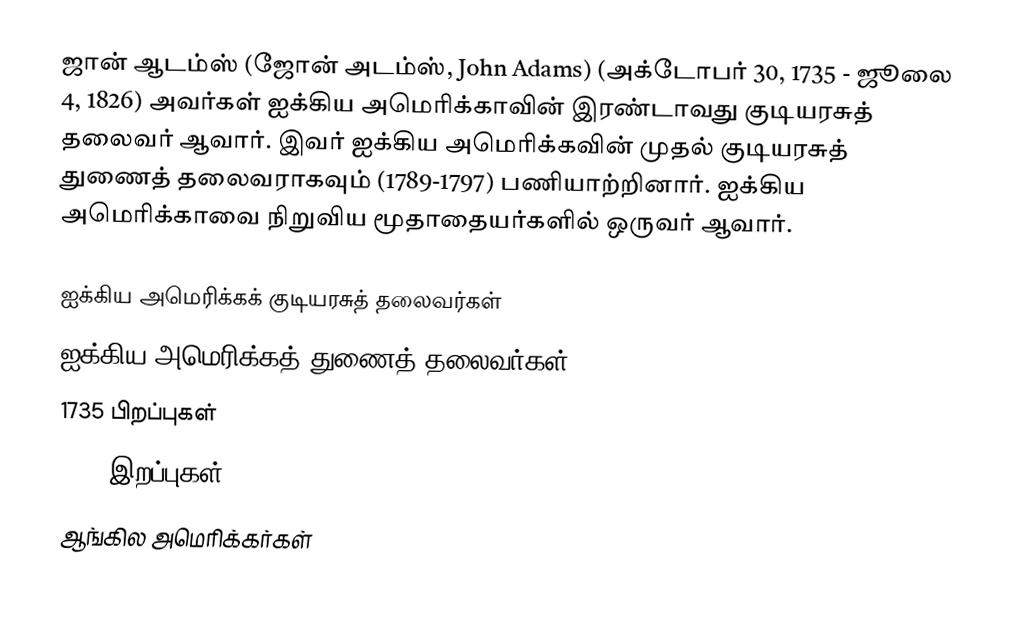
ஜான் ஆடம்ஸ் (ஜோன் அடம்ஸ், John Adams) (அக்டோபர் 30, 1735 - ஜூலை 4, 1826) அவர்கள் ஐக்கிய அமெரிக்காவின் இரண்டாவது குடியரசுத் தலைவர் ஆவார். இவர் ஐக்கிய அமெரிக்கவின் முதல் குடியரசுத் துணைத் தலைவராகவும் (1789-1797) பணியாற்றினார். ஐக்கிய அமெரிக்காவை நிறுவிய மூதாதையர்களில் ஒருவர் ஆவார்.

ஐக்கிய அமெரிக்கக் குடியரசுத் தலைவர்கள்
ஐக்கிய அமெரிக்கத் துணைத் தலைவர்கள்
1735 பிறப்புகள்
1826 இறப்புகள்
ஆங்கில அமெரிக்கர்கள்